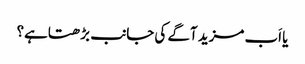
یا اَب مزید آگے کی جانب بڑھتاہے؟